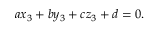
\, a x _ { 3 } + b y _ { 3 } + c z _ { 3 } + d = 0 .